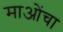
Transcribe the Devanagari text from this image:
माओंचा